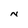
Character: N